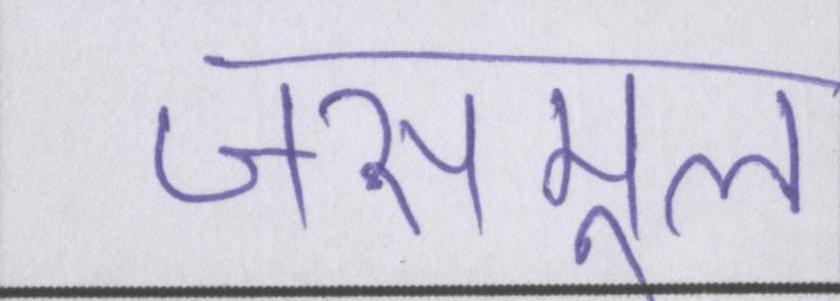
जसमूल